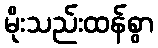
မိုးသည်းထန်စွာ